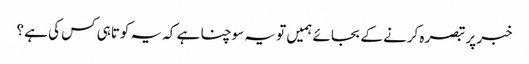
خبر پر تبصرہ کرنے کے بجائے ہمیں تو یہ سوچنا ہے کہ یہ کوتاہی کس کی ہے ؟